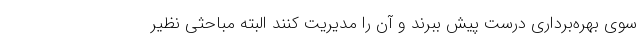
سوی بهره‌برداری درست پیش ببرند و آن را مدیریت کنند البته مباحثی نظیر